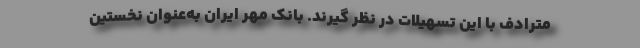
مترادف با اين تسهيلات در نظر گيرند. بانک مهر ایران به‌عنوان نخستین